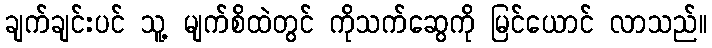
ချက်ချင်းပင် သူ့ မျက်စိထဲတွင် ကိုသက်ဆွေကို မြင်ယောင် လာသည်။